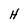
Character: H